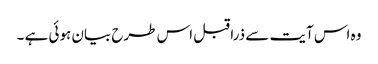
وہ اس آیت سے ذرا قبل اس طرح بیان ہوئی ہے ۔